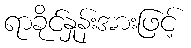
ရာခိုင်နှုန်းအားဖြင့်